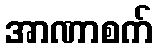
အာဏာစက်